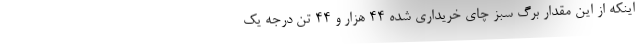
اینکه از این مقدار برگ سبز چای خریداری شده ۴۴ هزار و ۴۴ تن درجه یک